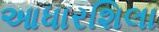
આધારશિલા